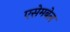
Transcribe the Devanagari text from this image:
एसेमबेल